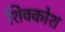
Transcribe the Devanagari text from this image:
शिवकोश